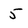
Character: 5